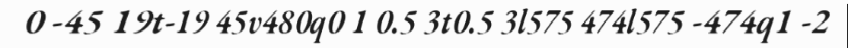
0 -45 19t-19 45v480q0 1 0.5 3t0.5 3l575 474l575 -474q1 -2